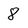
Character: 8